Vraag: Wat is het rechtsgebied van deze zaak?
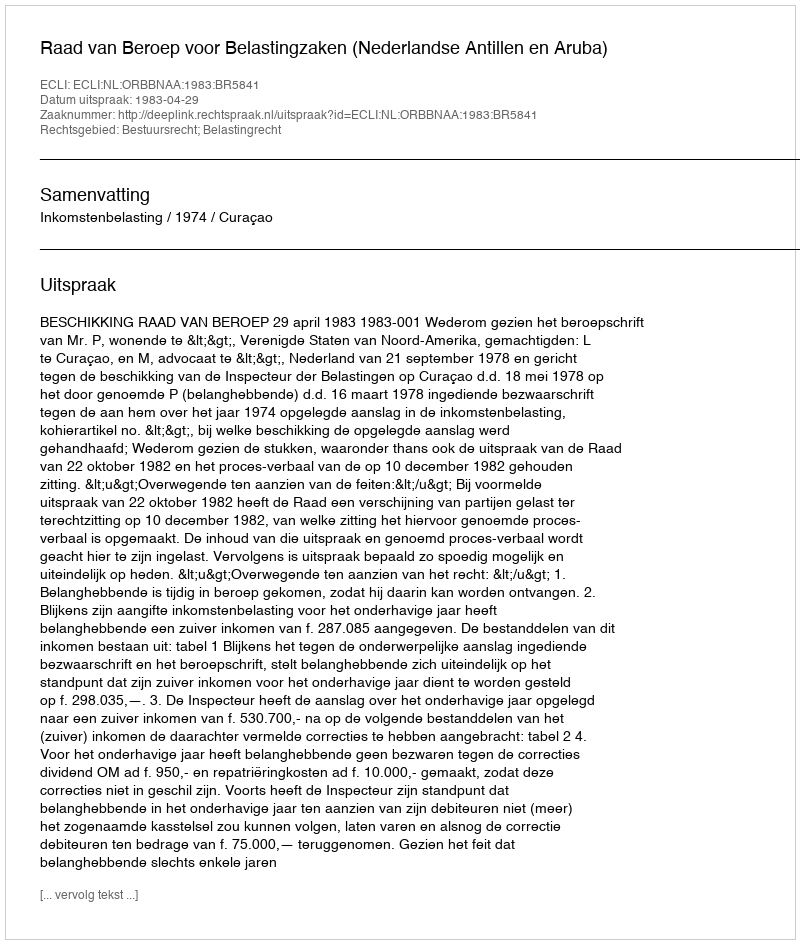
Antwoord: Bestuursrecht; Belastingrecht